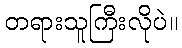
တရားသူကြီးလိုပဲ။